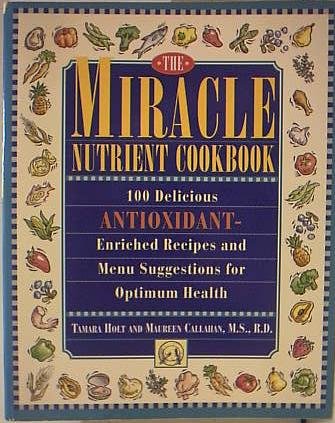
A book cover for Miracle Nutrient Cookbook; Maureen Callahan; Health, Fitness & Dieting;